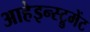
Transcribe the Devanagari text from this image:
आहेइन्स्ट्रुमेंट